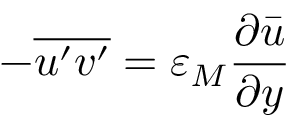
- { \overline { { u ^ { \prime } v ^ { \prime } } } } = \varepsilon _ { M } { \frac { \partial { \bar { u } } } { \partial y } }